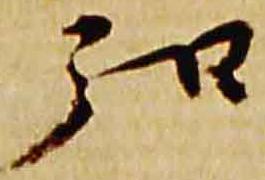
弘